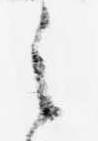
之